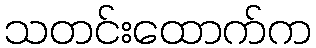
သတင်းထောက်က